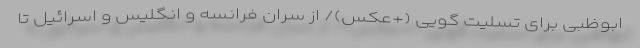
ابوظبی برای تسلیت گویی (+عکس)/ از سران فرانسه و انگلیس و اسرائیل تا